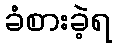
ခံစားခဲ့ရ